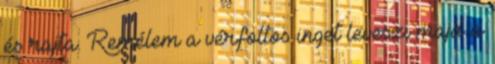
és rajta. Remélem a vérfoltos inget leveszi majd a